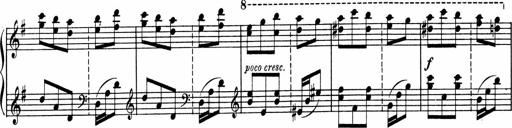
Title: Sonatine pour piano
Composer: Albert Roussel